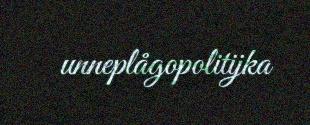
unneplågopolitijka